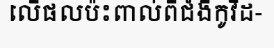
លើផលប៉ះពាល់ពីជំងឺកូវីដ-